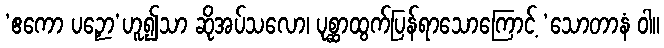
‘ဧကော ပဉှော’ဟူ၍သာ ဆိုအပ်သလော၊ ပုစ္ဆာထွက်ပြန်ရာသောကြောင့် ‘သောတာနံ ဝါ။